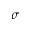
\sigma